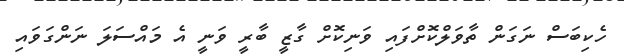
ހެކިބަސް ނަގަން ތާވަލްކޮށްފައި ވަނިކޮށް ގާޒީ ބާރީ ވަނީ އެ މައްސަލަ ނަންގަވައި